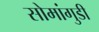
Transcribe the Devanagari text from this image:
सोमांगुडी